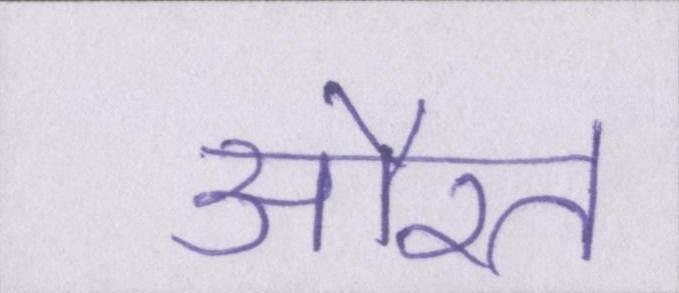
औरत